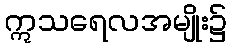
ဣသရေလအမျိုး၌